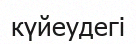
күйеудегі